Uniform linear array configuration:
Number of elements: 48
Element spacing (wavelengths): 0.5
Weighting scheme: hamming
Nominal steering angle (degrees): -45
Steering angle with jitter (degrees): -44.67
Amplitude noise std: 0.05
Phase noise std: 0.05

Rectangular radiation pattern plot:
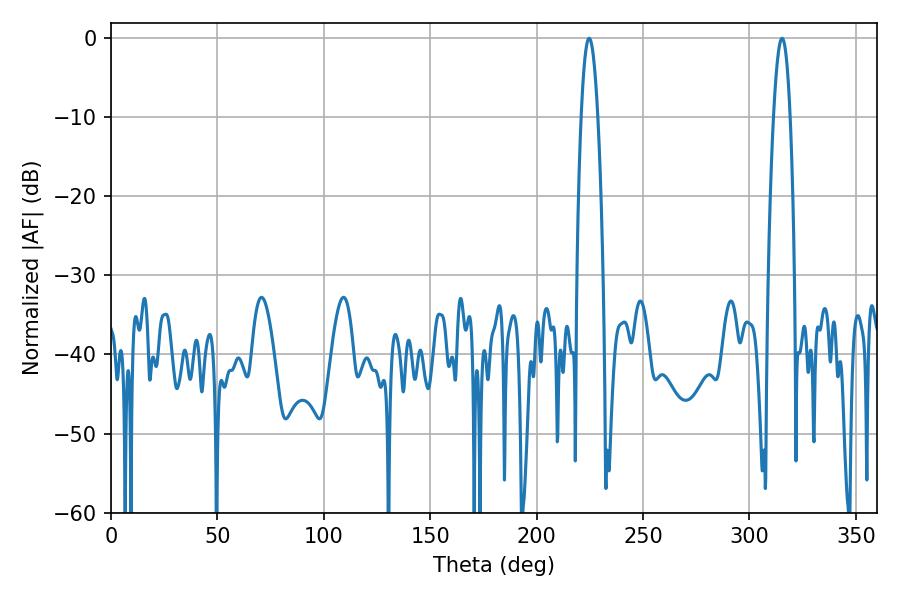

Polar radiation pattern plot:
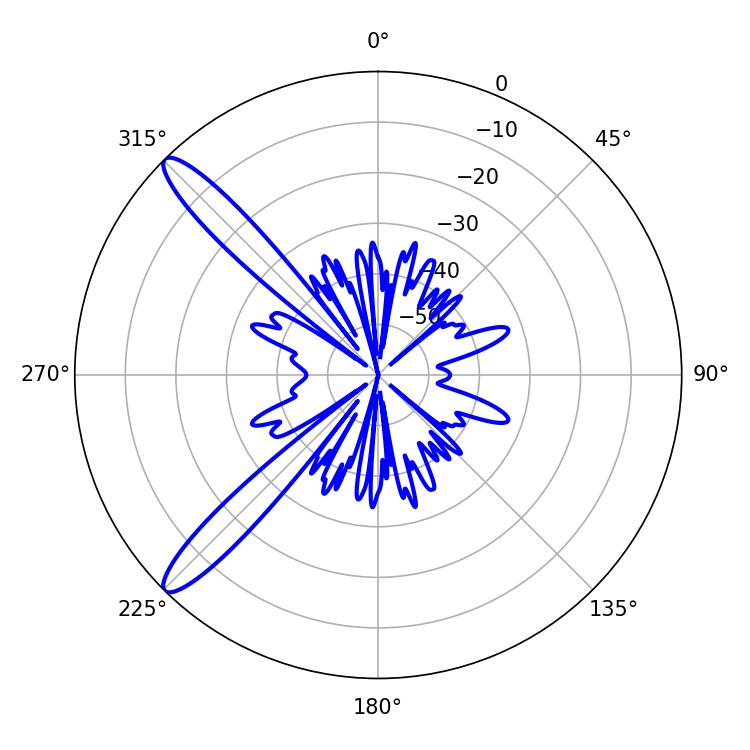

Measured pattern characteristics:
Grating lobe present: FALSE
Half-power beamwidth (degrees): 4.14
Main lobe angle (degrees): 224.64